Annual report of the Madras Medical College
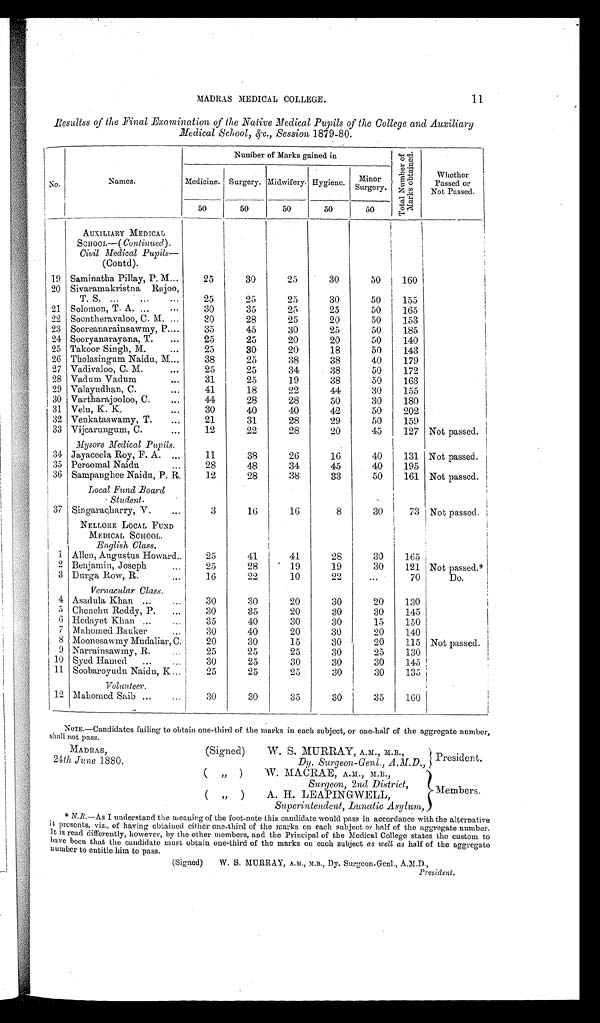
( " )(
" )
M e m b e r s .
11
MADRAS MEDICAL COLLEGE.
Resultss of the Final Examination of the Native Medical Pupils of the College and Auxiliary
Medical School, &c., Session 1879-80.
No.
Names.
Number of Marks gained in
T o t a l N u m b e r o f Ma r k s o b t a i n e d .
Whether
Passed or
Not Passed.
Medicine. Surgery. Midwifery. Hygiene. Minor
Surgery.
50
50
50
50
50
AUXILIARY MEDICAL
SCHOOL—( Continued ).
Civil Medical Pupils
—
(Contd).
19 Saminatha Pillay, P. M...
25
30
2 5
30
50
160
20 Sivaramakristna Rajoo,
T. S. ...
...
25
25
2 5
30
50
155
21 Solomon, T. A. ...
...
30
3 5
25
25
50
165
22 Soontheravaloo, C. M. ...
30
28
25
20
50
153
23 Sooreanarainsawmy, P....
35
45
30
25
50
185
24 Sooryanarayana, T.
...
25
25
20
20
50
140
25 Takoor Singh, M.
...
25
30
20
18
50
143
26 Tholasingum Naidu, M...
38
25
38
38
40
179
27 Vadivaloo, C. M.
...
25
25
34
38
50
172
28 Vadum Vadum
...
31
25
19
38
50
163
29 Valayudhan, C.
...
41
18
22
44
30
155
30 Vartharajooloo, C.
44
28
28
50
30
180
31 Velu, K. K.
...
30
40
40
42
50
202
32 Venkataswamy, T.
...
21
31
28
29
50
159
33 Vijearungum, C.
...
12
22
28
20
45
127 Not passed.
Mysore Medical Pupils.
34 Jayaceela Roy, F. A. ...
11
38
26
16
40
131 Not passed.
35 Peroomal Naidu
...
28
48
34
45
40
195
36 Sampanghee Naidu, P. R.
12
28
38
33
50
161 Not passed.
Local Fund Board
Student.
37 Singaracharry, V.
...
3
16
16
8
30
73 Not passed.
NELLORE LOCAL FUND
MEDICAL SCHOOL.
English Class.
1 Allen, Augustus Howard..
25
41
41
28
30
165
2 Benjamin, Joseph
...
2 5
28
19
19
30
121 Not passed.*
3 Durga Row, R.
16
22
10
22
...
70
Do.
Vernacular Class.
4 Asadula Khan ...
30
30
20
30
20
130
5 Chenchu Reddy, P.
...
30
35
20
30
30
145
6 Hedayet Khan ...
...
35
40
30
30
15
150
7 Mahomed Bauker
...
30
40
20
30
20
140
8 Moonesawmy Mudaliar, C.
20
30
15
30
20
115 Not passed.
9 Narrainsawmy, R.
...
2 5
25
25
30
25
130
1 0 Syed Hamed
...
...
30
25
30
30
30
145
11 Soobaroyudu Naidu, K...
25
2 5
2 5
30
30
135
Volunteer.
12 Mahomed Saib...
...
30
30
35
30
35
160
W. S. MURRAY, A.M., M.B.,
Dy. Surgeon-Genl, A.M.D.,
President.
W. MACRAE , A.M., M.B.,
Surgeon, 2nd District,
A. H. LEAPINGWELL,
Superintendent, Lunatic Asylum,
* N.B.—As I understand the meaning of the foot-note this candidate would pass in accordance with the alternative
it presents, viz., of having obtained either one-third of the marks on each subject or half of the aggregate number.
It is read differently, however, by the other members, and the Principal of the Medical College states the custom to
have been that the candidate must obtain one-third of the marks on each subject as well as half of the aggregate
number to entitle him to pass.
(Signed)
W. S. MURRAY, A.M., M.B., Dy. Surgeon-Genl., A.M.D.,
President.
NOTE.—Candidates failing to obtain one-third of the marks in each subject, or one-half of the aggregate number,
shall not pass.
MADRAS,
24th June 1880.
(Signed)